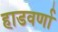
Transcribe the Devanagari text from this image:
हाडवर्णा